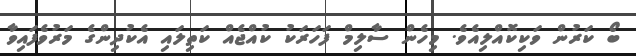
ބޯ ކަރުން ވަކިކޮއްލިއެވެ. މިހެން ސާލިމް ފަހަރަކު ކުއްޖެއް ކަތިލައި އެކުދިންގެ މަރުވެފައިވާ